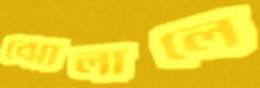
ঝোলালে